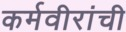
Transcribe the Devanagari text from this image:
कर्मवीरांची